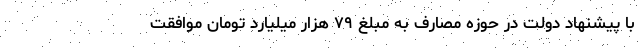
با پیشنهاد دولت در حوزه مصارف به مبلغ ۷۹ هزار میلیارد تومان موافقت